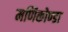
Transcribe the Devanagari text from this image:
मणिकोण्डा